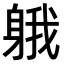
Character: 𨉐